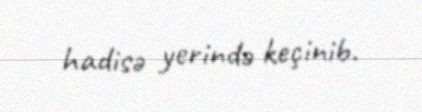
hadisə yerində keçinib.